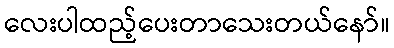
လေးပါထည့်ပေးတာသေးတယ်နော်။